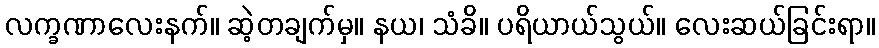
လက္ခဏာလေးနက်။ ဆဲ့တချက်မှ။ နယ၊ သံခိ။ ပရိယာယ်သွယ်။ လေးဆယ်ခြင်းရာ။